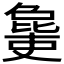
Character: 𣬒